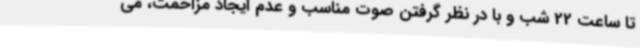
تا ساعت 22 شب و با در نظر گرفتن صوت مناسب و عدم ایجاد مزاحمت، می‌